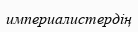
империалистердің